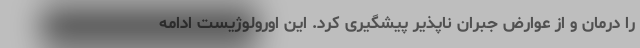
را درمان و از عوارض جبران ناپذیر پیشگیری کرد. این اورولوژیست ادامه